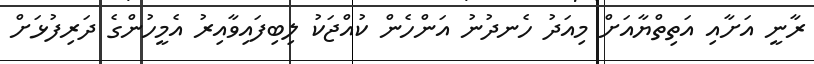
ރާނީ އަށާއި އަތިތްޔާއަށް މިއަދު ހެނދުނު އަންހެން ކުއްޖަކު ލިބިފައިވާއިރު އެމީހުންގެ ދަރިފުޅަށް